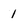
Character: 1